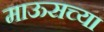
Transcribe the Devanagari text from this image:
माऊसच्या